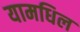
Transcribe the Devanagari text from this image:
यामधिल